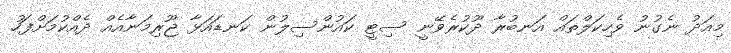
މިއަދު ނެގުނު ވެހިކަލްތައް އަނބުރާ ދޫކުރެވޭނީ ސިޓީ ކައުންސިލުން ކަނޑައަޅާ ޖޫރިމަނާއެއް ދެއްކުމަށްފަހު